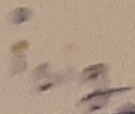
Text: isig